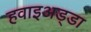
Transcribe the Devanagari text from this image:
हवाइअड्डा